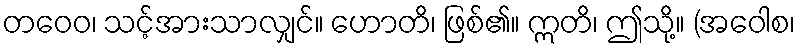
တဝေဝ၊ သင့်အားသာလျှင်။ ဟောတိ၊ ဖြစ်၏။ ဣတိ၊ ဤသို့။ (အဝေါစ၊